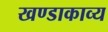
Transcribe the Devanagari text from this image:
खण्डाकाव्य